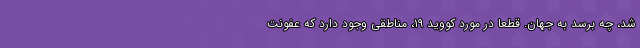
شد، چه برسد به جهان. قطعا در مورد کووید ۱۹، مناطقی وجود دارد که عفونت